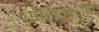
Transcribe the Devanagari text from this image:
सहिविस्नुता